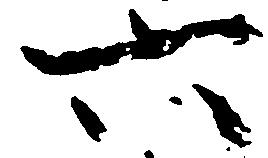
六